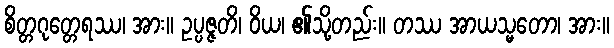
စိတ္တဂုတ္တေရဿ၊ အား။ ဥပ္ပဇ္ဇတိ၊ ဝိယ၊ ၏သို့တည်း။ တဿ အာယသ္မတော၊ အား။